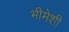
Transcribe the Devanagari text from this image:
भीमेशी